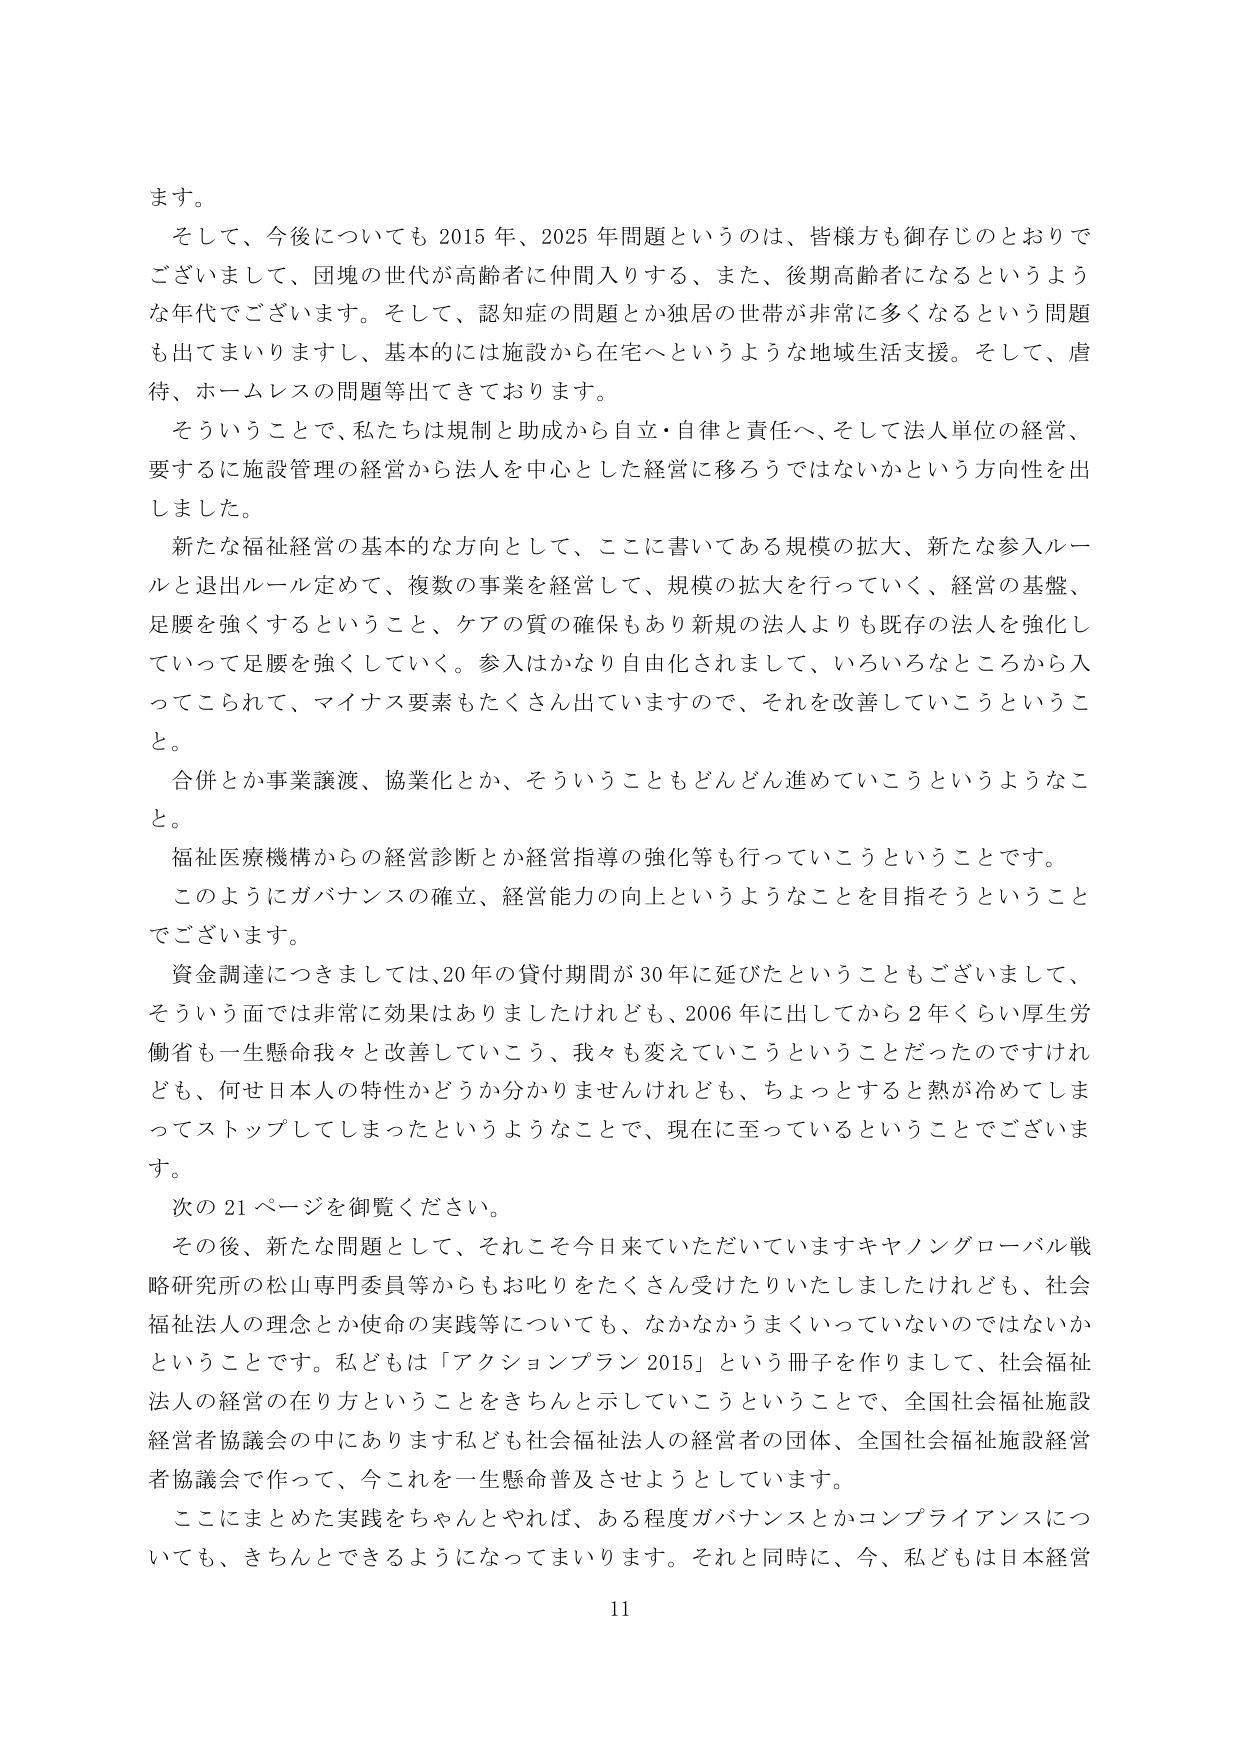
ます。
そして、今後についても 2015 年、2025 年問題というのは、皆様方も御存じのとおりでございまして、団塊の世代が高齢者に仲間入りする、また、後期高齢者になるというような年代でございます。そして、認知症の問題とか独居の世帯が非常に多くなるという問題も出てまいりますし、基本的には施設から在宅へというような地域生活支援。そして、虐待、ホームレスの問題等出てきております。
そういうことで、私たちは規制と助成から自立・自律と責任へ、そして法人単位の経営、要するに施設管理の経営から法人を中心とした経営に移ろうではないかという方向性を出しました。
新たな福祉経営の基本的な方向として、ここに書いてある規模の拡大、新たな参入ルールと退出ルール定めて、複数の事業を経営して、規模の拡大を行っていく、経営の基盤、足腰を強くするということ、ケアの質の確保もあり新規の法人よりも既存の法人を強化していくって足腰を強くしていく。参入はかなり自由化されまして、いろいろなところから入ってこられて、マイナス要素もたくさん出ていますので、それを改善していこうということ。
合併とか事業譲渡、協業化とか、そういうこともどんどん進めていこうというようなこと。
福祉医療機構からの経営診断とか経営指導の強化等も行っていこうということです。
このようにガバナンスの確立、経営能力の向上というようなことを目指そうということでございます。
資金調達につきましては、20年の貸付期間が30年に延びたということもございまして、そういう面では非常に効果はありましたけれども、2006年に出してから2年くらい厚生労働省も一生懸命我々と改善していこう、我々も変えていこうということだったのですけれども、何せ日本人の特性かどうか分かりませんけれども、ちょっとすると熱が冷めてしまってストップしてしまったというようなことで、現在に至っているということでございます。
次の 21 ページを御覧ください。
その後、新たな問題として、それこそ今日来ていただいていますキヤノングローバル戦略研究所の松山専門委員等からもお叱りをたくさん受けたりいたしましたけれども、社会福祉法人の理念とか使命の実践等についても、なかなかうまくいっていないのではないかということです。私どもは「アクションプラン 2015」という冊子を作りまして、社会福祉法人の経営の在り方ということをきちんと示していこうということで、全国社会福祉施設経営者協議会の中にあります私ども社会福祉法人の経営者の団体、全国社会福祉施設経営者協議会で作って、今これを一生懸命普及させようとしています。
ここにまとめた実践をちゃんとやれば、ある程度ガバナンスとかコンプライアンスについても、きちんとできるようになってまいります。それと同時に、今、私どもは日本経営
11